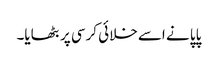
پاپا نے اسے خلائی کرسی پر بٹھایا۔